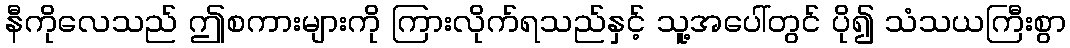
နီကိုလေသည် ဤစကားများကို ကြားလိုက်ရသည်နှင့် သူ့အပေါ်တွင် ပို၍ သံသယကြီးစွာ